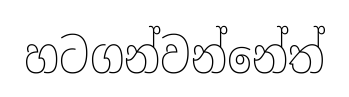
හටගන්වන්නේත්